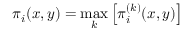
\pi _ { i } ( x , y ) = \operatorname* { m a x } _ { k } \left[ \pi _ { i } ^ { ( k ) } ( x , y ) \right]